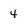
Character: 4